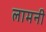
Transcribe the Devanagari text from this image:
लामनी